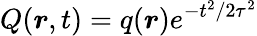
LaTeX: Q(\boldsymbol{r},t)=q(\boldsymbol{r})e^{-t^{2}/2\tau^{2}}